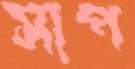
সাপ